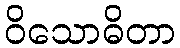
ဝိသောဓိတာ